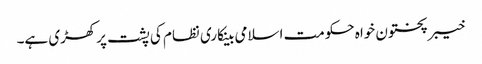
خیبرپختون خواہ حکومت اسلامی بینکاری نظام کی پشت پرکھڑی ہے۔